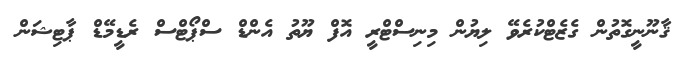
ޤާނޫނީގޮތުން ގެޒެޓްކުރެވޭ ލިޔުން މިނިސްޓްރީ އޮފް ޔޫތު އެންޑް ސްޕޯޓްސް ރެޑީމޭޑް ޕާޓިޝަން